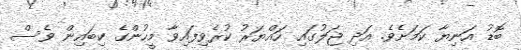
ބޮޑު އަނިޔާ ކަމަށެވެ. އަދި ޖަލުގައި ހައްޔަރު ކުރެވިފައިވާ މީހުންގެ ކިބައިން ވެސް